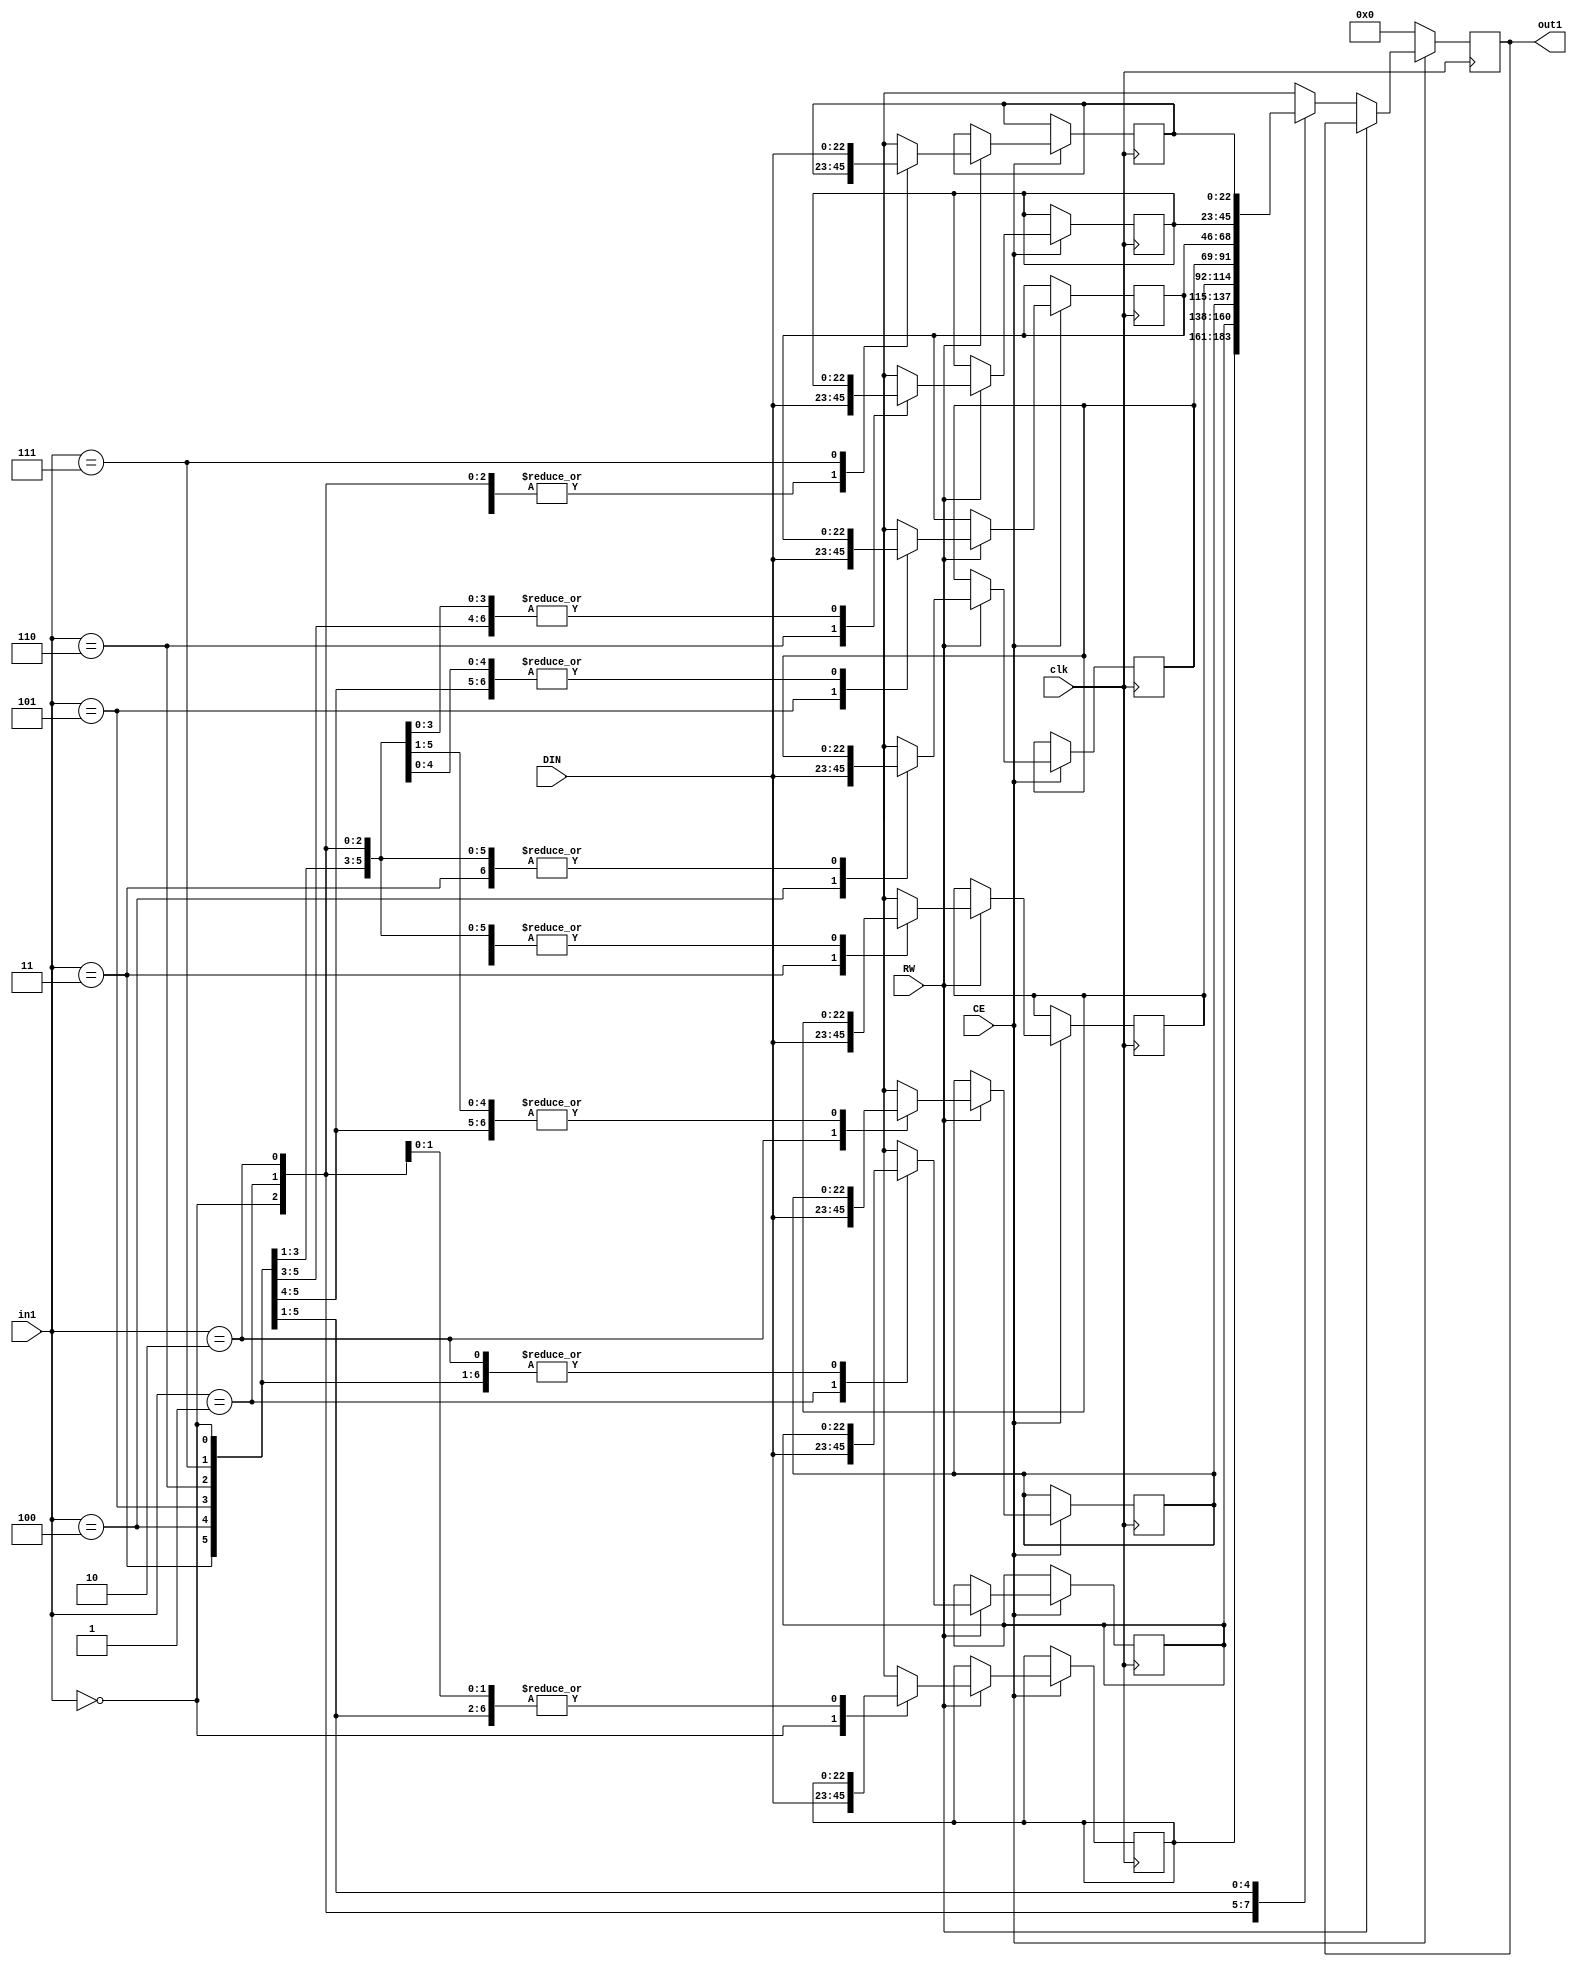
// Generated by stratus_hls 19.12-s100  (91710.131054)
// Mon Apr 25 11:38:31 2022
// from ../DFT_compute.cpp

`timescale 1ps / 1ps

      
module DFT_compute_RAM_8X23_3(DIN, CE, RW, in1, out1, clk);

      input [22:0] DIN;
      input CE;
      input RW;
      input [2:0] in1;
      input clk;
      output [22:0] out1;
      reg [22:0] out1;
      reg[22:0] mem[7:0];

         always @(posedge clk)
          begin :DFT_compute_RAM_8X23_3_thread_1
            if (CE) begin
               if (RW) begin
                  mem[in1] = DIN;
               end
               else begin
                  out1 <= mem[in1];
               end
            end
            else begin
               out1 <= 23'd0000000;
            end
         end


endmodule